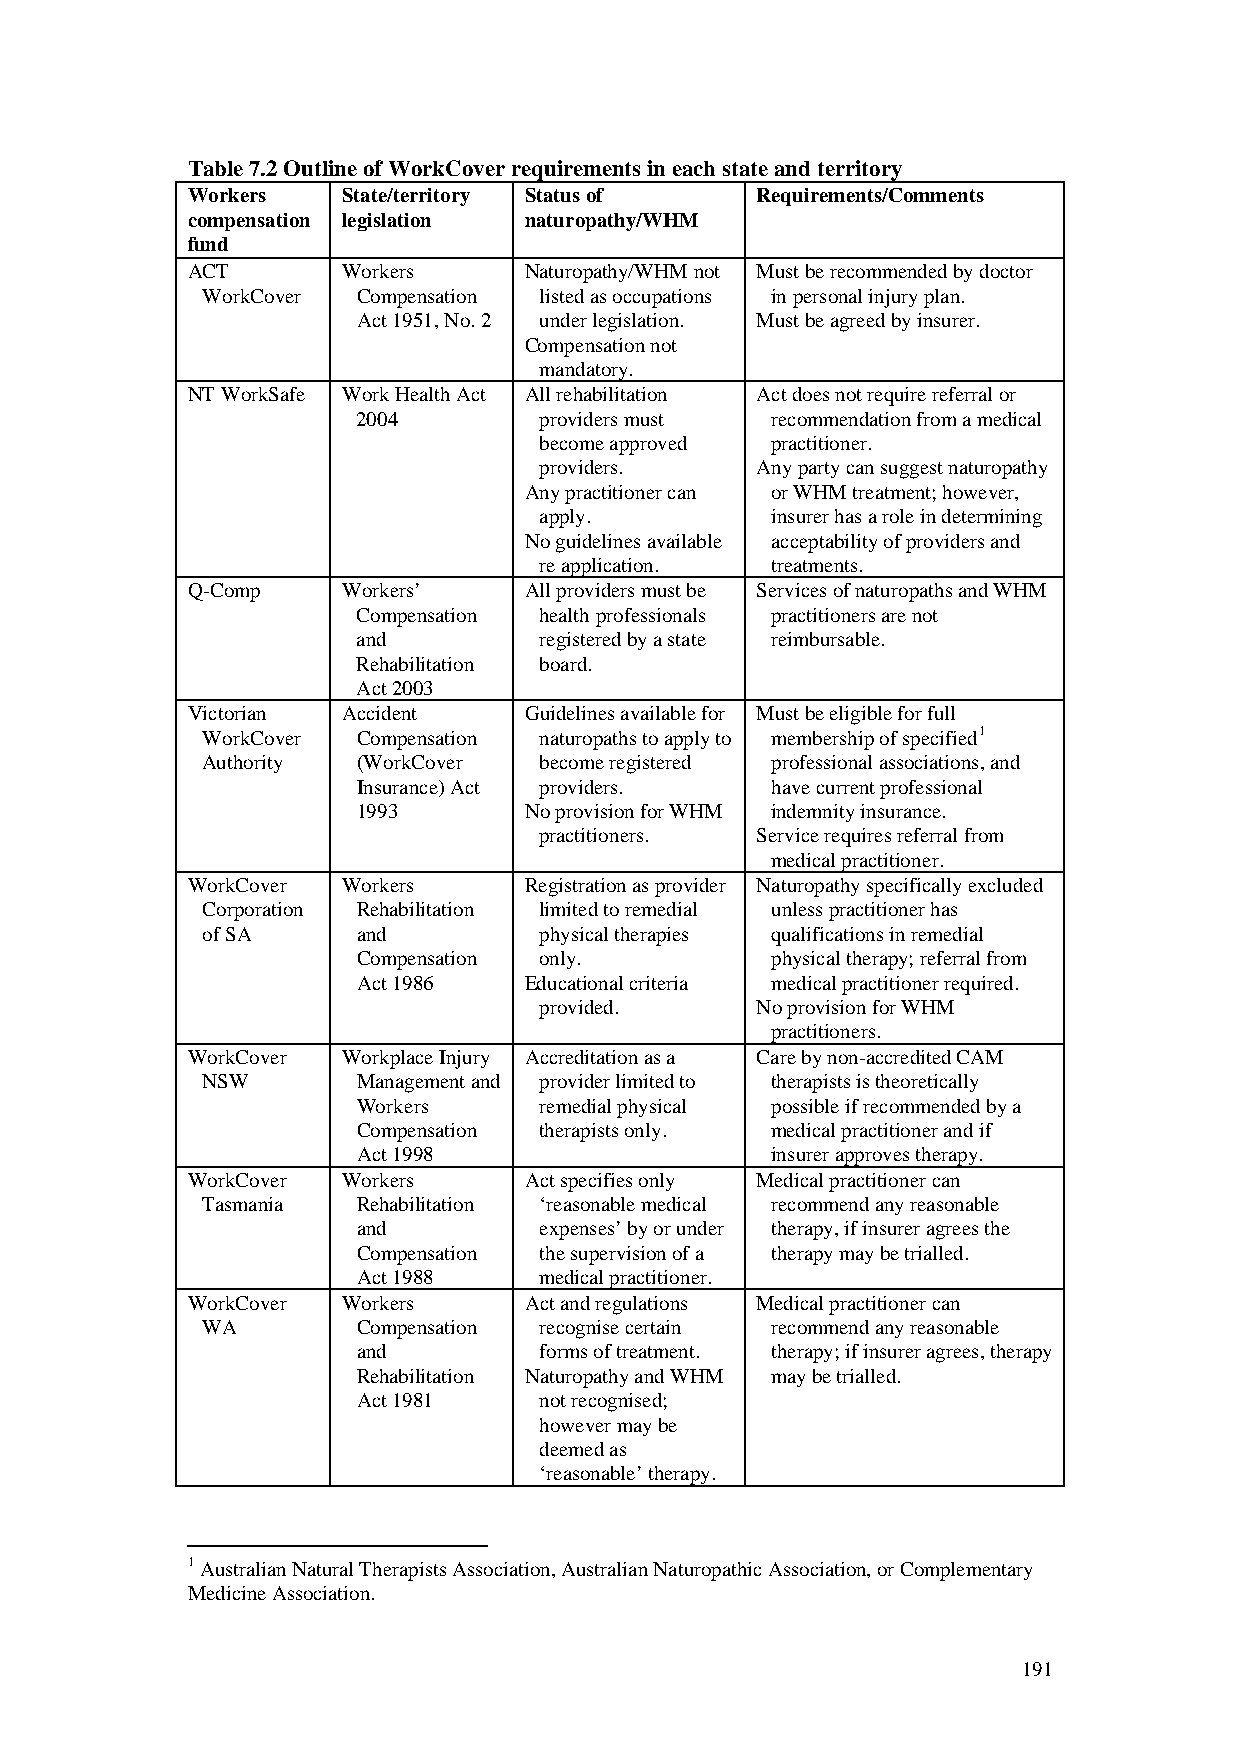
Table 7.2 Outline of WorkCover requirements in each state and territory
 Workers    State/territory Status of  Requirements/Comments
 compensation legislation naturopathy/WHM
 fund
 ACT        Workers     Naturopathy/WHM not Must be recommended by doctor
 WorkCover  Compensation listed as occupations in personal injury plan.
 Act 1951, No. 2 under legislation. Must be agreed by insurer.
 Compensation not
 mandatory.
 NT WorkSafe Work Health Act All rehabilitation Act does not require referral or
 2004        providers must recommendation from a medical
 become approved practitioner.
 providers.    Any party can suggest naturopathy
 Any practitioner can or WHM treatment; however,
 apply.         insurer has a role in determining
 No guidelines available acceptability of providers and
 re application. treatments.
 Q-Comp     Workers’    All providers must be Services of naturopaths and WHM
 Compensation health professionals practitioners are not
 and         registered by a state reimbursable.
 Rehabilitation board.
 Act 2003
 Victorian  Accident    Guidelines available for Must be eligible for full
 WorkCover  Compensation naturopaths to apply to membership of specified1
 Authority  (WorkCover  become registered professional associations, and
 Insurance) Act providers.  have current professional
 1993       No provision for WHM indemnity insurance.
 practitioners. Service requires referral from
 medical practitioner.
 WorkCover  Workers     Registration as provider Naturopathy specifically excluded
 Corporation Rehabilitation limited to remedial unless practitioner has
 of SA      and         physical therapies qualifications in remedial
 Compensation only.         physical therapy; referral from
 Act 1986   Educational criteria medical practitioner required.
 provided.     No provision for WHM
 practitioners.
 WorkCover  Workplace Injury Accreditation as a Care by non-accredited CAM
 NSW        Management and provider limited to therapists is theoretically
 Workers     remedial physical possible if recommended by a
 Compensation therapists only. medical practitioner and if
 Act 1998                   insurer approves therapy.
 WorkCover  Workers     Act specifies only Medical practitioner can
 Tasmania   Rehabilitation ‘reasonable medical recommend any reasonable
 and         expenses’ by or under therapy, if insurer agrees the
 Compensation the supervision of a therapy may be trialled.
 Act 1988    medical practitioner.
 WorkCover  Workers     Act and regulations Medical practitioner can
 WA         Compensation recognise certain recommend any reasonable
 and         forms of treatment. therapy; if insurer agrees, therapy
 Rehabilitation Naturopathy and WHM may be trialled.
 Act 1981    not recognised;
 however may be
 deemed as
 ‘reasonable’ therapy.
 1 Australian Natural Therapists Association, Australian Naturopathic Association, or Complementary
 Medicine Association.
 191